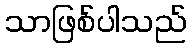
သာဖြစ်ပါသည်